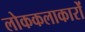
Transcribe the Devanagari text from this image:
लोककलाकारों